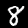
Digit: 8